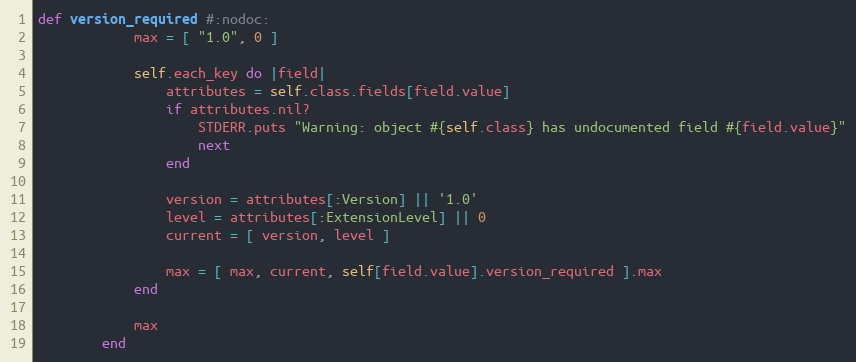
Language: Ruby
def version_required #:nodoc:
            max = [ "1.0", 0 ]

            self.each_key do |field|
                attributes = self.class.fields[field.value]
                if attributes.nil?
                    STDERR.puts "Warning: object #{self.class} has undocumented field #{field.value}"
                    next
                end

                version = attributes[:Version] || '1.0'
                level = attributes[:ExtensionLevel] || 0
                current = [ version, level ]

                max = [ max, current, self[field.value].version_required ].max
            end

            max
        end